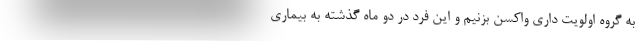
به گروه اولویت داری واکسن بزنیم و این فرد در دو ماه گذشته به بیماری